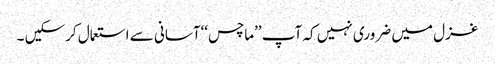
غزل میں ضروری نہیں کہ آپ ’’ماچس‘‘آسانی سے استعمال کرسکیں ۔